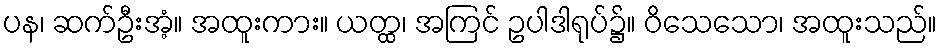
ပန၊ ဆက်ဦးအံ့။ အထူးကား။ ယတ္ထ၊ အကြင် ဥပါဒါရုပ်၌။ ဝိသေသော၊ အထူးသည်။